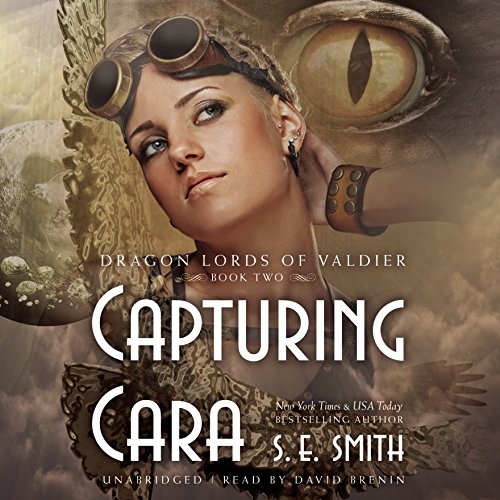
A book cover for Capturing Cara  (Dragon Lords of Valdier Series, Book 2); S. E. Smith; Romance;